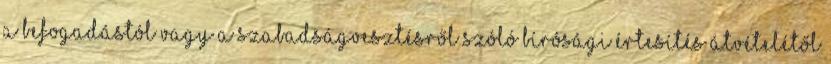
a befogadástól vagy a szabadságvesztésről szóló bírósági értesítés átvételétől